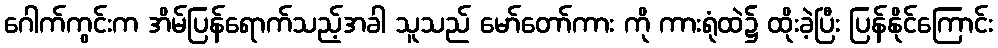
ဂေါက်ကွင်းက အိမ်ပြန်ရောက်သည့်အခါ သူသည် မော်တော်ကား ကို ကားရုံထဲ၌ ထိုးခဲ့ပြီး ပြန်နိုင်ကြောင်း